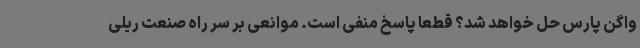
واگن پارس حل خواهد شد؟ قطعا پاسخ منفی است. موانعی بر سر راه صنعت ریلی